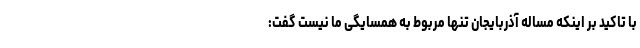
با تاکید بر اینکه مساله آذربایجان تنها مربوط به همسایگی ما نیست گفت: